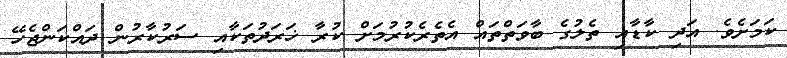
ކަމަށެވެ. އަދި ކާޑާއި ތެލުގެ ބާވަތްތައް އެތެރެކުރުމަށް ކުރާ ޚަރަދުތަކާއި ސަރުކާރުން ދައްކަންޖެހޭ